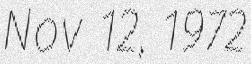
Nov 12, 1972